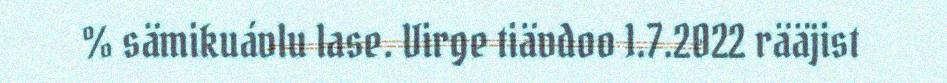
% sämikuávlu lase. Virge tiävdoo 1.7.2022 rääjist